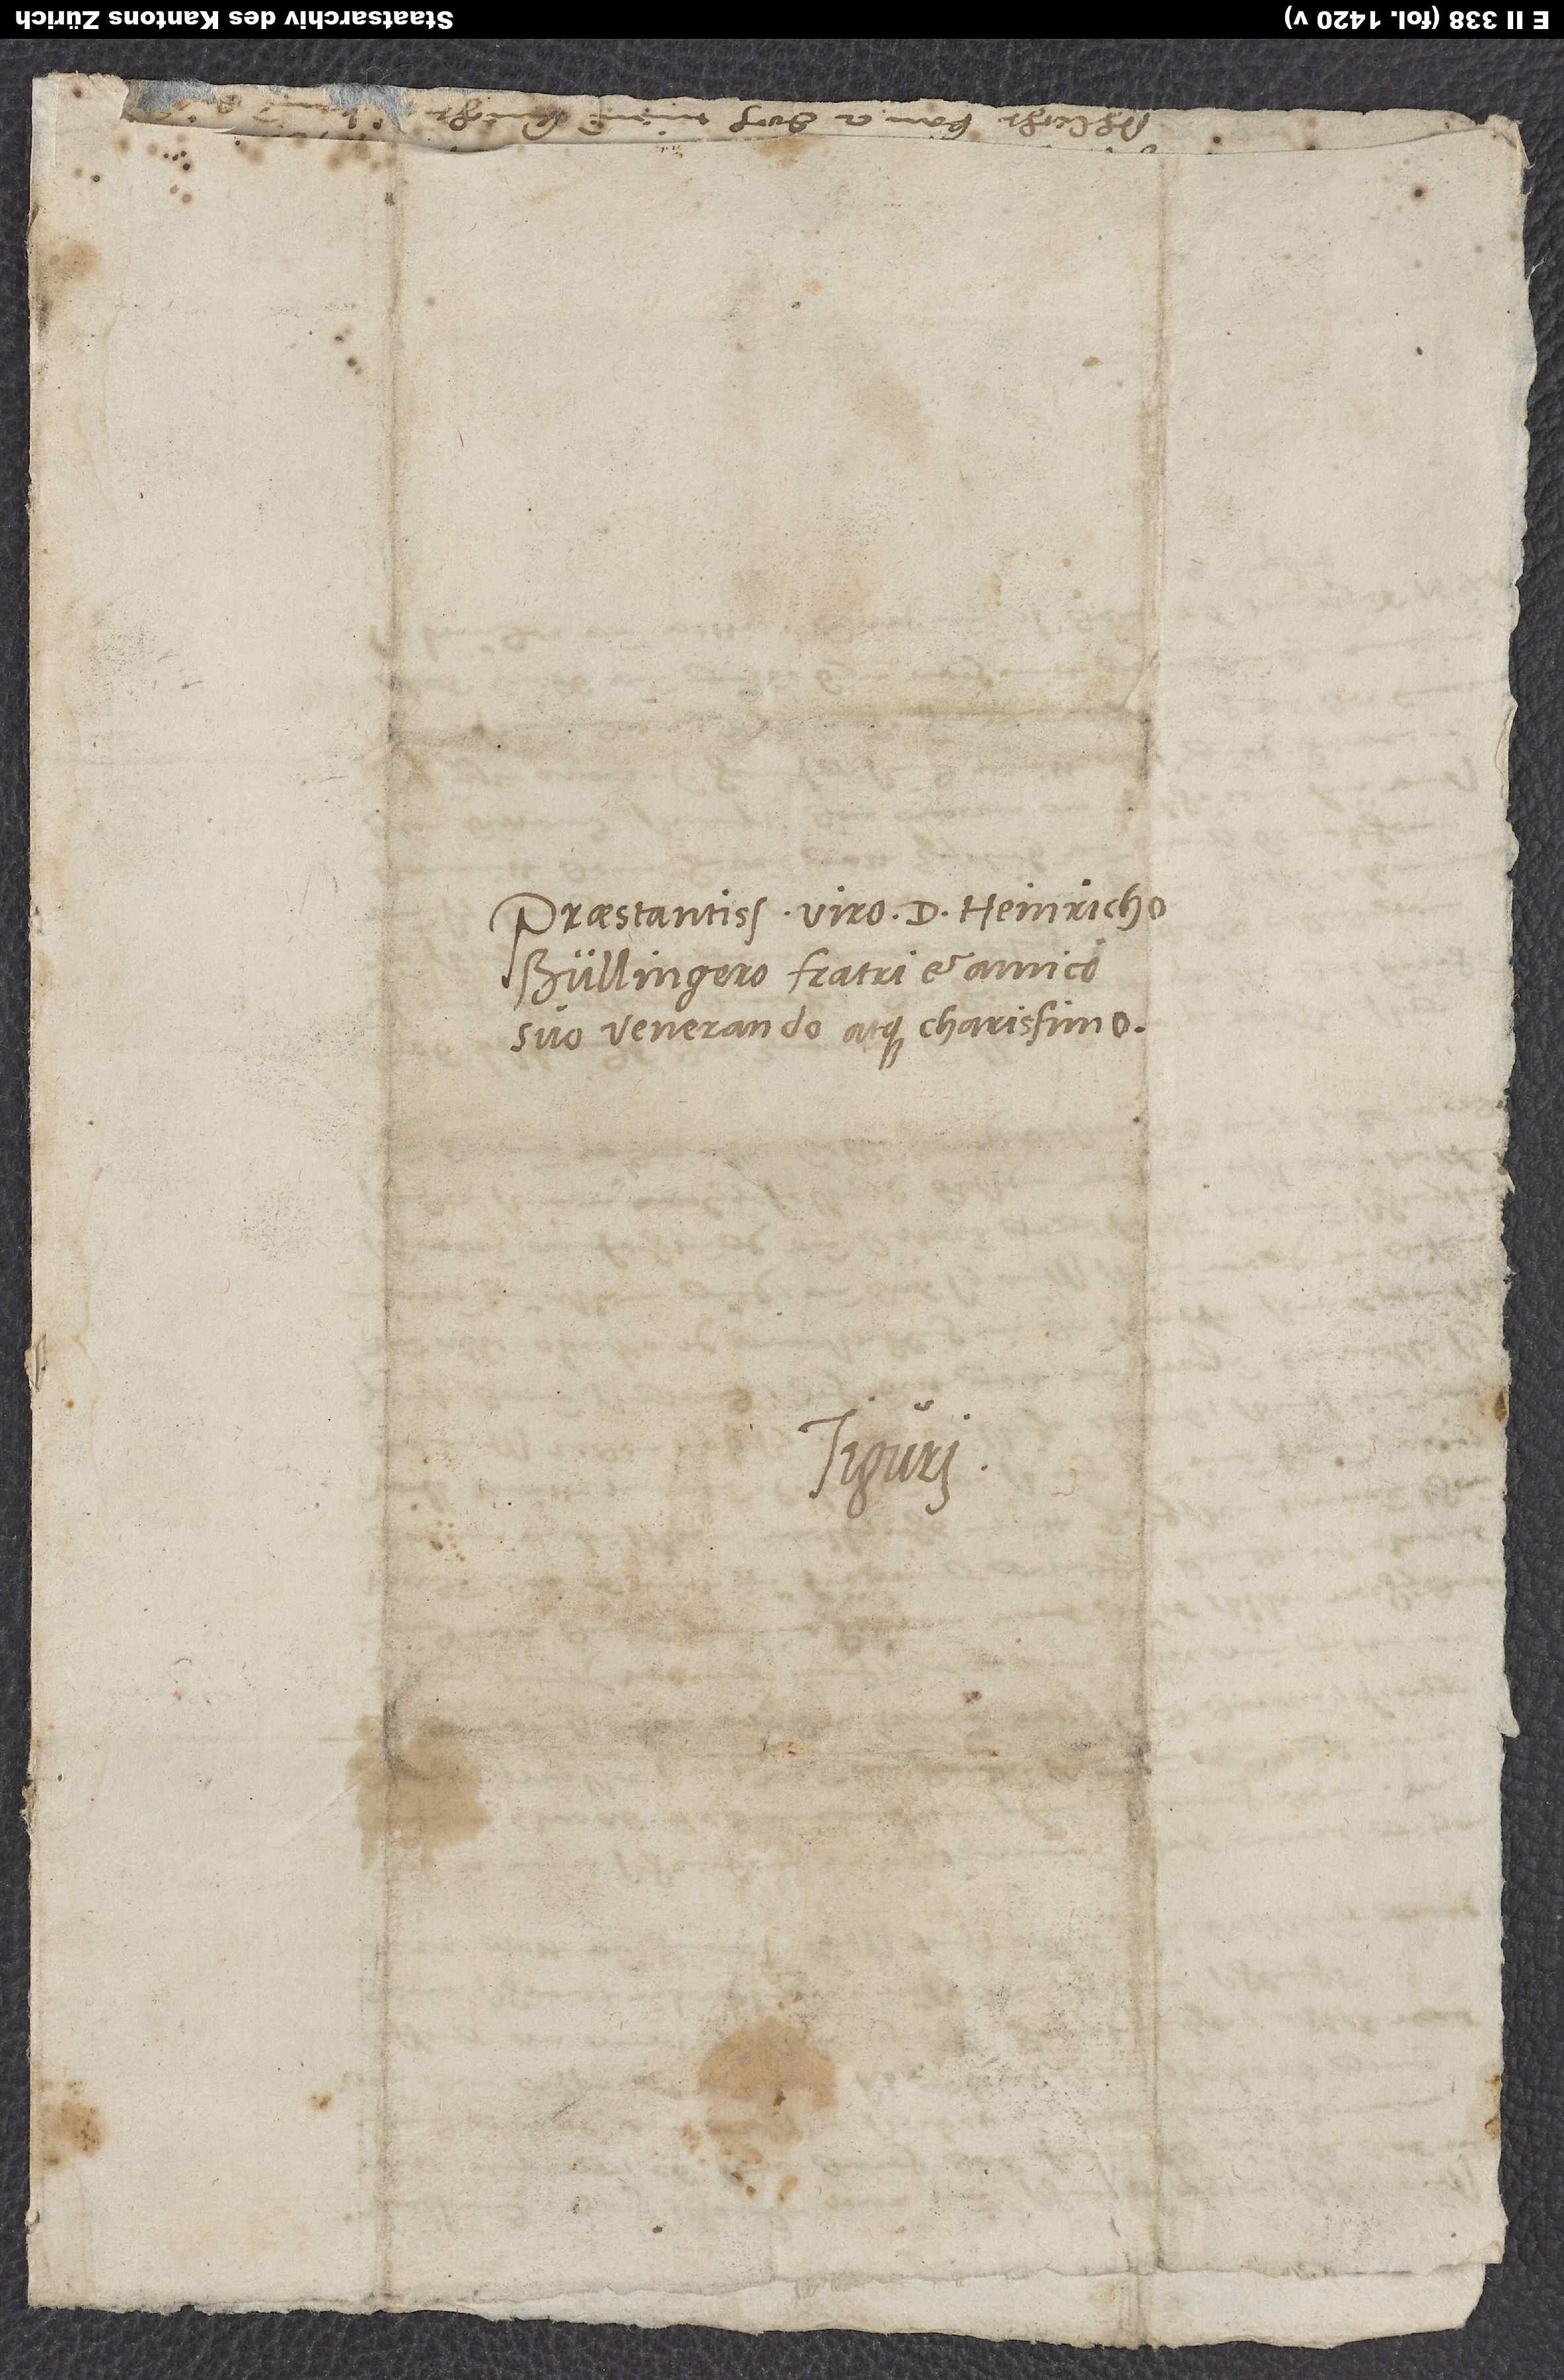
Praestantissimo viro d. Heinricho
Bullingero, fratri et amico
suo venerando atque charissimo.
Tiguri.